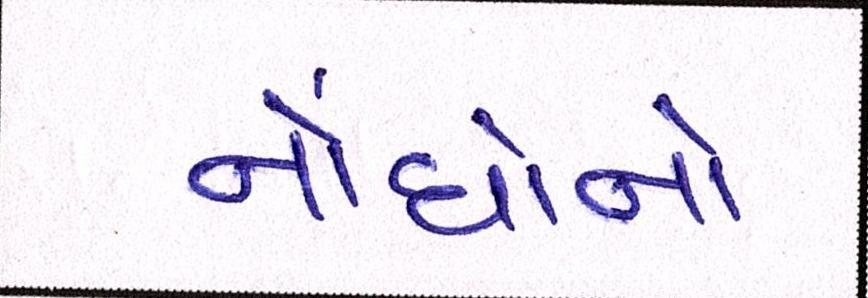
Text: નોંધોનો